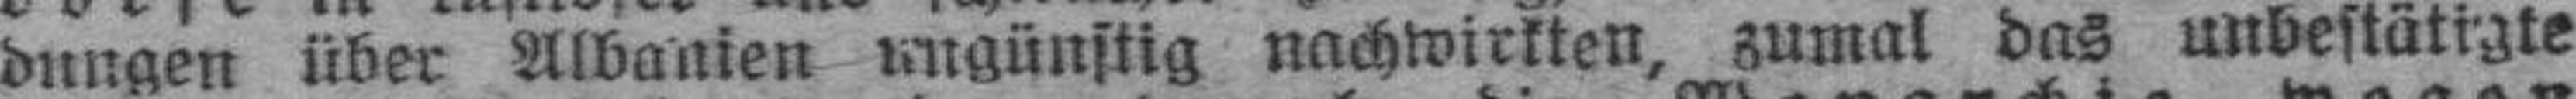
dungen über Albanien ungünstig nachwirkten, zumal das unbestätigte